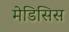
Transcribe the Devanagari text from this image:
मेडिसिस